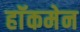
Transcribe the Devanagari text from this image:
हाॅकमेन